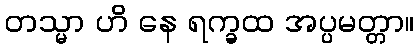
တသ္မာ ဟိ နေ ရက္ခထ အပ္ပမတ္တာ။